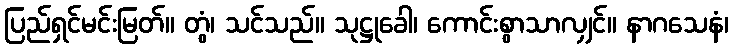
ပြည်ရှင်မင်းမြတ်။ တွံ၊ သင်သည်။ သုဋ္ဌုခေါ၊ ကောင်းစွာသာလျှင်။ နာဂသေနံ၊